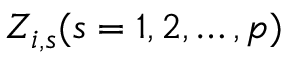
Z _ { i , s } ( s = 1 , 2 , \ldots , p )